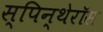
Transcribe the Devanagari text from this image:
स्पिन्थेरॉस